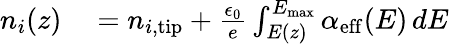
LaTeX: \begin{array}{rl}{n_{i}(z)}&{{}=n_{i,\mathrm{tip}}+\frac{\epsilon_{0}}{e}\int_{E(z)}^{E_{\mathrm{max}}}\alpha_{\mathrm{eff}}(E)\, dE}\end{array}